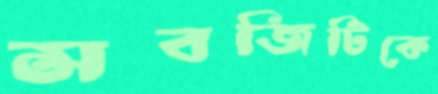
সবজিটিকে